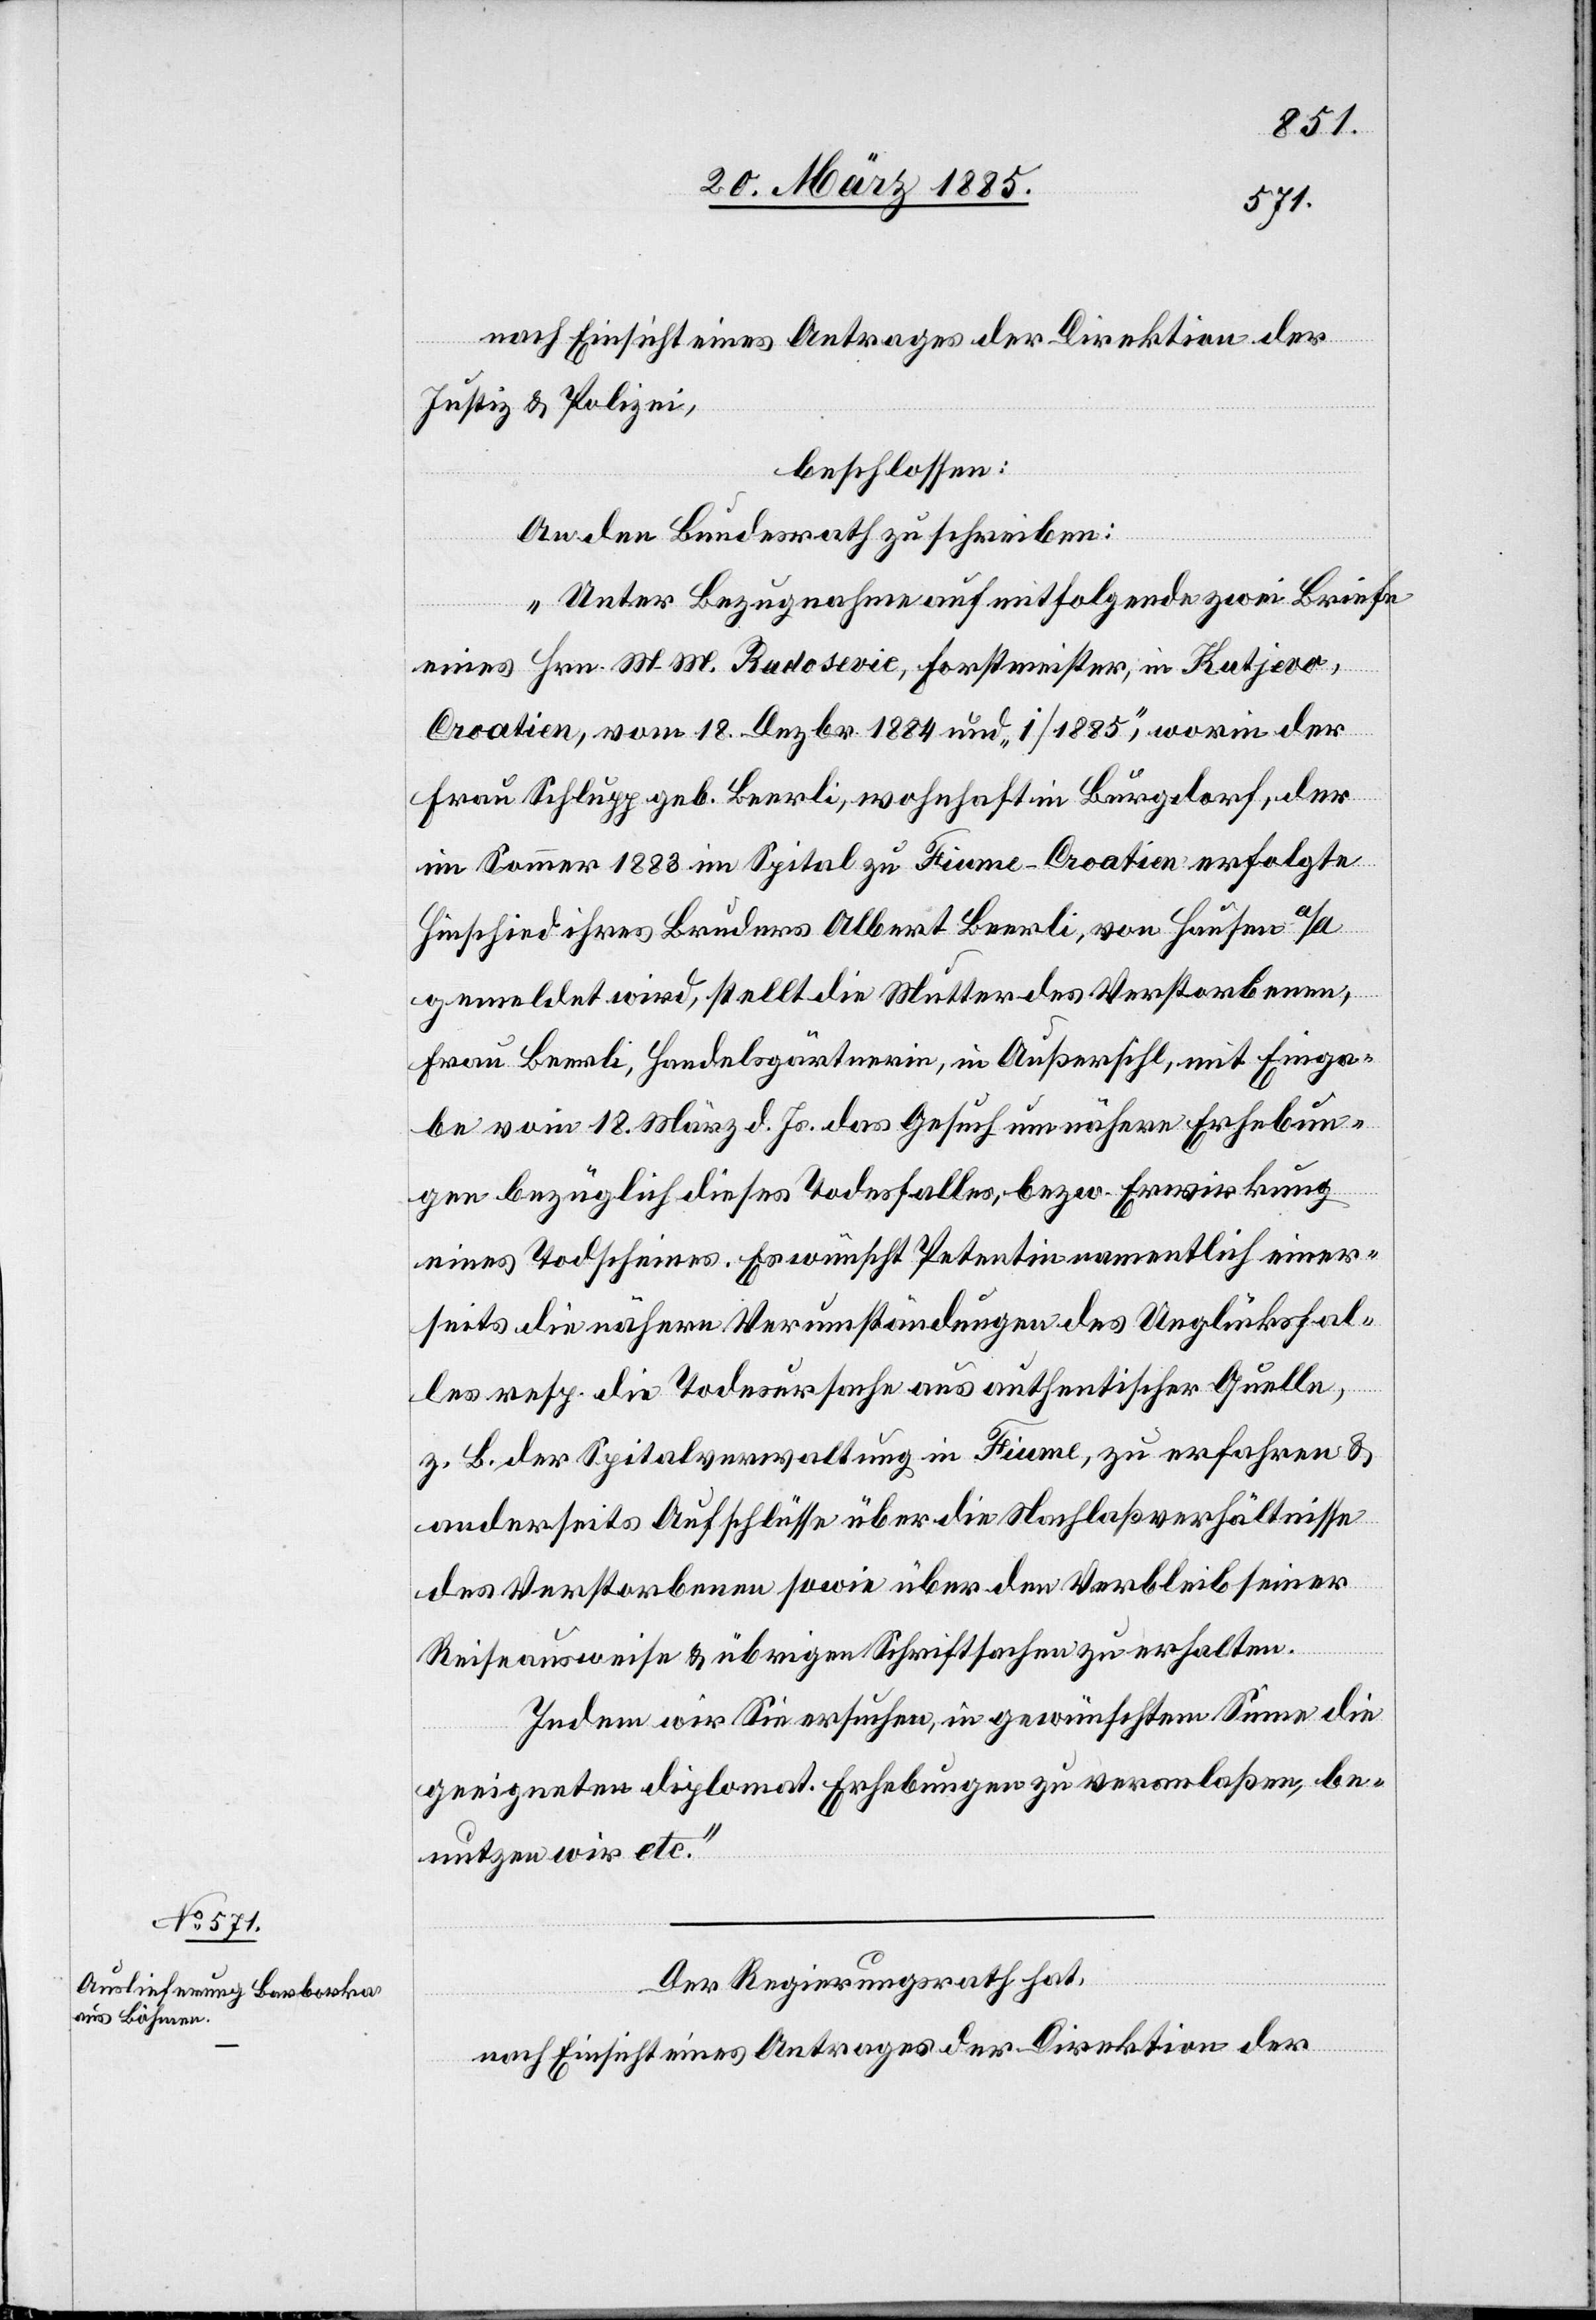
25. März 1885.]
nach Einsicht eines Antrages der Direktion der
Justiz & Polizei,
beschlossen:
An den Bundesrath zu schreiben:
„Unter Bezugnahme auf mitfolgende zwei Briefe
eines Hrn. M. M. Rudosevic, Forstmeister, in Kutjevo,
Croatien, vom 18. Dezbr. 1884 und „i/1885“, worin der
Frau Schlupp geb. Beerli, wohnhaft in Burgdorf, der
im Sommer 1883 im Spital zu Fiume - Croatien erfolgte
Hinschied ihres Bruders Albert Beerli, von Hausen a/A
gemeldet wird, stellt die Mutter des Verstorbenen,
Frau Beerli, Handelsgärtnerin, in Außersihl, mit Einga¬
be vom 18. März d. Js. das Gesuch um nähere Erhebun¬
gen bezüglich dieses Todesfalles, bezw. Erwirkung
eines Todscheines. Es wünscht Petentin namentlich einer¬
seits die nähern Verumständungen des Unglücksfal¬
les resp. die Todesursache aus authentischer Quelle,
z. B. der Spitalverwaltung in Fiume, zu erfahren &
anderseits Aufschlüsse über die Nachlaßverhältnisse
des Verstorbenen sowie über den Verbleib seiner
Reiseausweise & übrigen Schriftsachen zu erhalten.
Indem wir Sie ersuchen, in gewünschtem Sinne die
geeigneten diplomat. Erhebungen zu veranlaßen, be¬
nutzen wir etc.“
Der Regierungsrath hat,
nach Einsicht eines Antrages der Direktion der